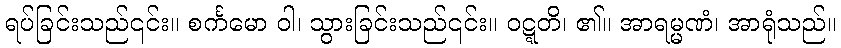
ရပ်ခြင်းသည်၎င်း။ စင်္ကမော ဝါ၊ သွားခြင်းသည်၎င်း။ ဝဋ္ဋတိ၊ ၏။ အာရမ္မဏံ၊ အာရုံသည်။